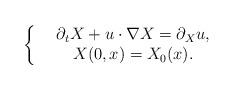
LaTeX: \begin{align*}\left\{\begin{array}{cc}&\partial_t X+u\cdot\nabla X=\partial_X u, \\&X(0,x)=X_0(x).\\\end{array}\right.\end{align*}